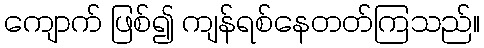
ကျောက် ဖြစ်၍ ကျန်ရစ်နေတတ်ကြသည်။